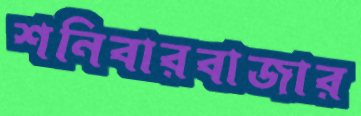
শনিবারবাজার